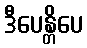
ဒီပေန္တိပေ